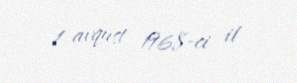
1 avqust 1968-ci il